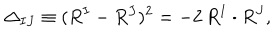
\Delta _ { I J } \equiv ( R ^ { I } - R ^ { J } ) ^ { 2 } = - 2 \, R ^ { I } \cdot R ^ { J } ,